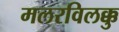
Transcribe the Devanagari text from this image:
मलरविलक्कु